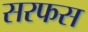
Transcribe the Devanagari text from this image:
सरफस